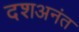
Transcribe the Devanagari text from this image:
दशअनंत